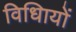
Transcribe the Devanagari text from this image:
विधिायों